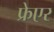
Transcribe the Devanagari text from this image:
फ्रेएर